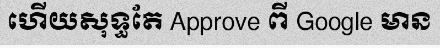
ហើយសុទ្ធតែ Approve ពី Google មាន